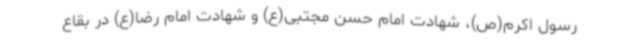
رسول اکرم(ص)، شهادت امام حسن مجتبی(ع) و شهادت امام رضا(ع) در بقاع